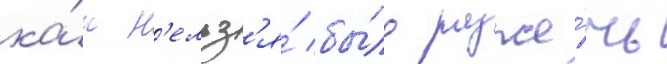
ка́к н'ельз'я́ бы́ло разже́чь